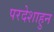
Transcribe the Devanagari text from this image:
परदेशाहुन